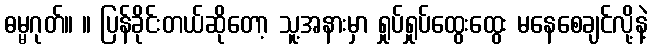
ဓမ္မဂုတ်။ ။ ပြန်ခိုင်းတယ်ဆိုတော့ သူ့အနားမှာ ရှုပ်ရှုပ်ထွေးထွေး မနေစေချင်လို့နဲ့